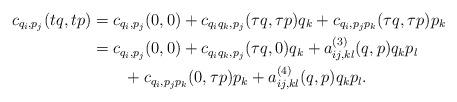
LaTeX: \begin{align*} c_{q_i,p_j}(tq,tp) &= c_{q_i,p_j}(0,0) + c_{q_iq_k,p_j}(\tau q,\tau p)q_k + c_{q_i,p_jp_k}(\tau q, \tau p)p_k\\ &= c_{q_i,p_j}(0,0) + c_{q_iq_k,p_j}(\tau q,0)q_k +a^{(3)}_{ij,kl}(q,p)q_kp_l \\ &\quad\quad+ c_{q_i,p_jp_k}(0, \tau p)p_k + a^{(4)}_{ij,kl}(q,p)q_kp_l. \end{align*}